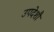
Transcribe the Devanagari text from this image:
उपदेशौं